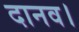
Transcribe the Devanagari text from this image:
दानव।